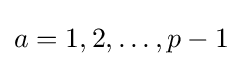
a=1,2,\dots ,p-1